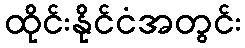
ထိုင်းနိုင်ငံအတွင်း